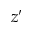
z ^ { \prime }